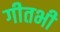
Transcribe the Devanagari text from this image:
गीतभी